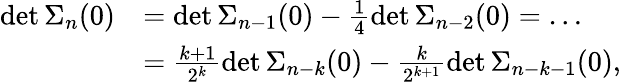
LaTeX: \begin{array}{rl}{\operatorname*{det}\Sigma_{n}(0)}&{=\operatorname*{det}\Sigma_{n-1}(0)-\frac 14\operatorname*{det}\Sigma_{n-2}(0)=\dots}\\ &{=\frac{k+1}{2^{k}}\operatorname*{det}\Sigma_{n-k}(0)-\frac{k}{2^{k+1}}\operatorname*{det}\Sigma_{n-k-1}(0),}\end{array}